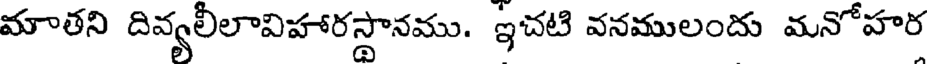
మాతని దివ్యలీలావిహారస్థానము. ఇచటి వనములందు మనోహర